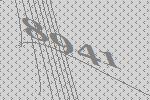
8941